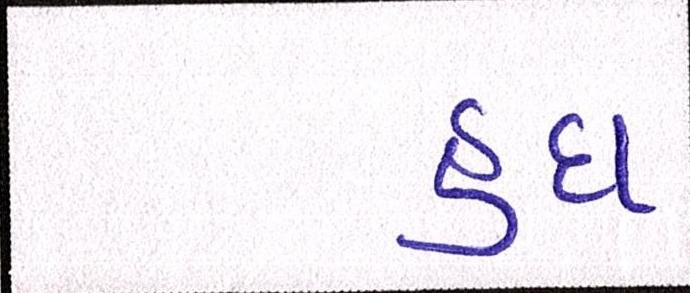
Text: હૃદા